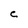
Character: c